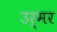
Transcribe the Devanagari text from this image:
उर्मर